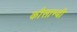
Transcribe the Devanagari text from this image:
कौसाम्बी